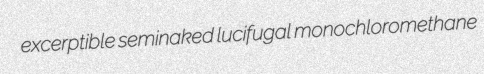
excerptible seminaked lucifugal monochloromethane